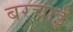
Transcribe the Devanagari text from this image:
बरचाई